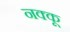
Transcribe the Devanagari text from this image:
नक्कू